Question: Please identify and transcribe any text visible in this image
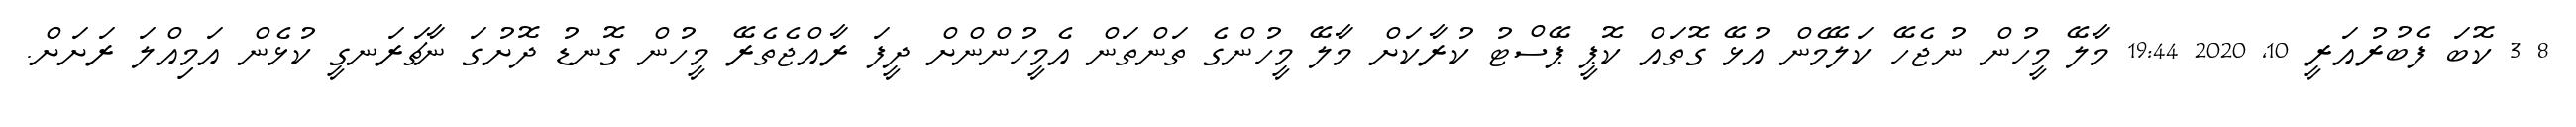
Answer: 8 3 ކޮބަ ފެބުރުއަރީ 10, 2020 19:44 މާލޭ މީހުން ނުޖެހޭ ކަލޭމެން އުޅޭ ގޮތައް ކޮޕީ ޕޭސްޓު ކުރާކަށް މާލޭ މީހުންގެ ތަންތަން އެމީހުންންށް ދީފަ ރާއްޖެތެރޭ މީހުން ގޮނޑު ދޮށުގަ ނާޗަރަނގީ ކުޅެން އަމިއްލަ ރަށަށް.